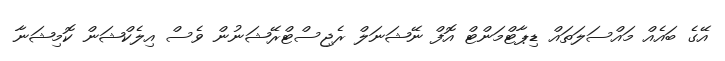
އޭގެ ބައެއް މައްސަލަތައް ޑިޕާޓްމަންޓް އޮފް ނޭޝަނަލް ރެޖިސްޓްރޭޝަނުން ވެސް އިލެކްޝަން ކޮމިޝަނާ